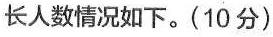
长人数情况如下。(10分)